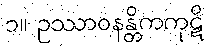
၁။ ဥဿာဝနန္တိကကုဋိ